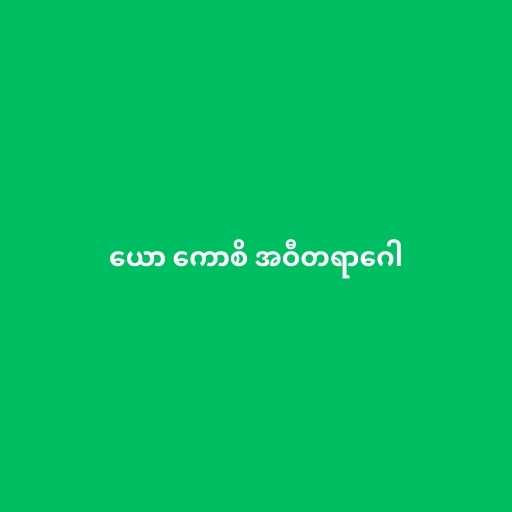
ယော ကောစိ အဝီတရာဂေါ